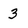
Character: 3